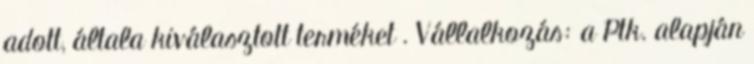
adott, általa kiválasztott terméket . Vállalkozás: a Ptk. alapján